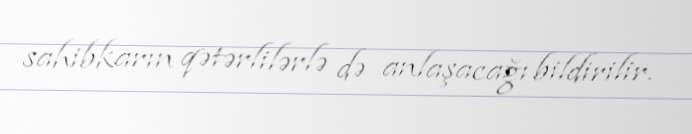
sahibkarın qətərlilərlə də anlaşacağı bildirilir.